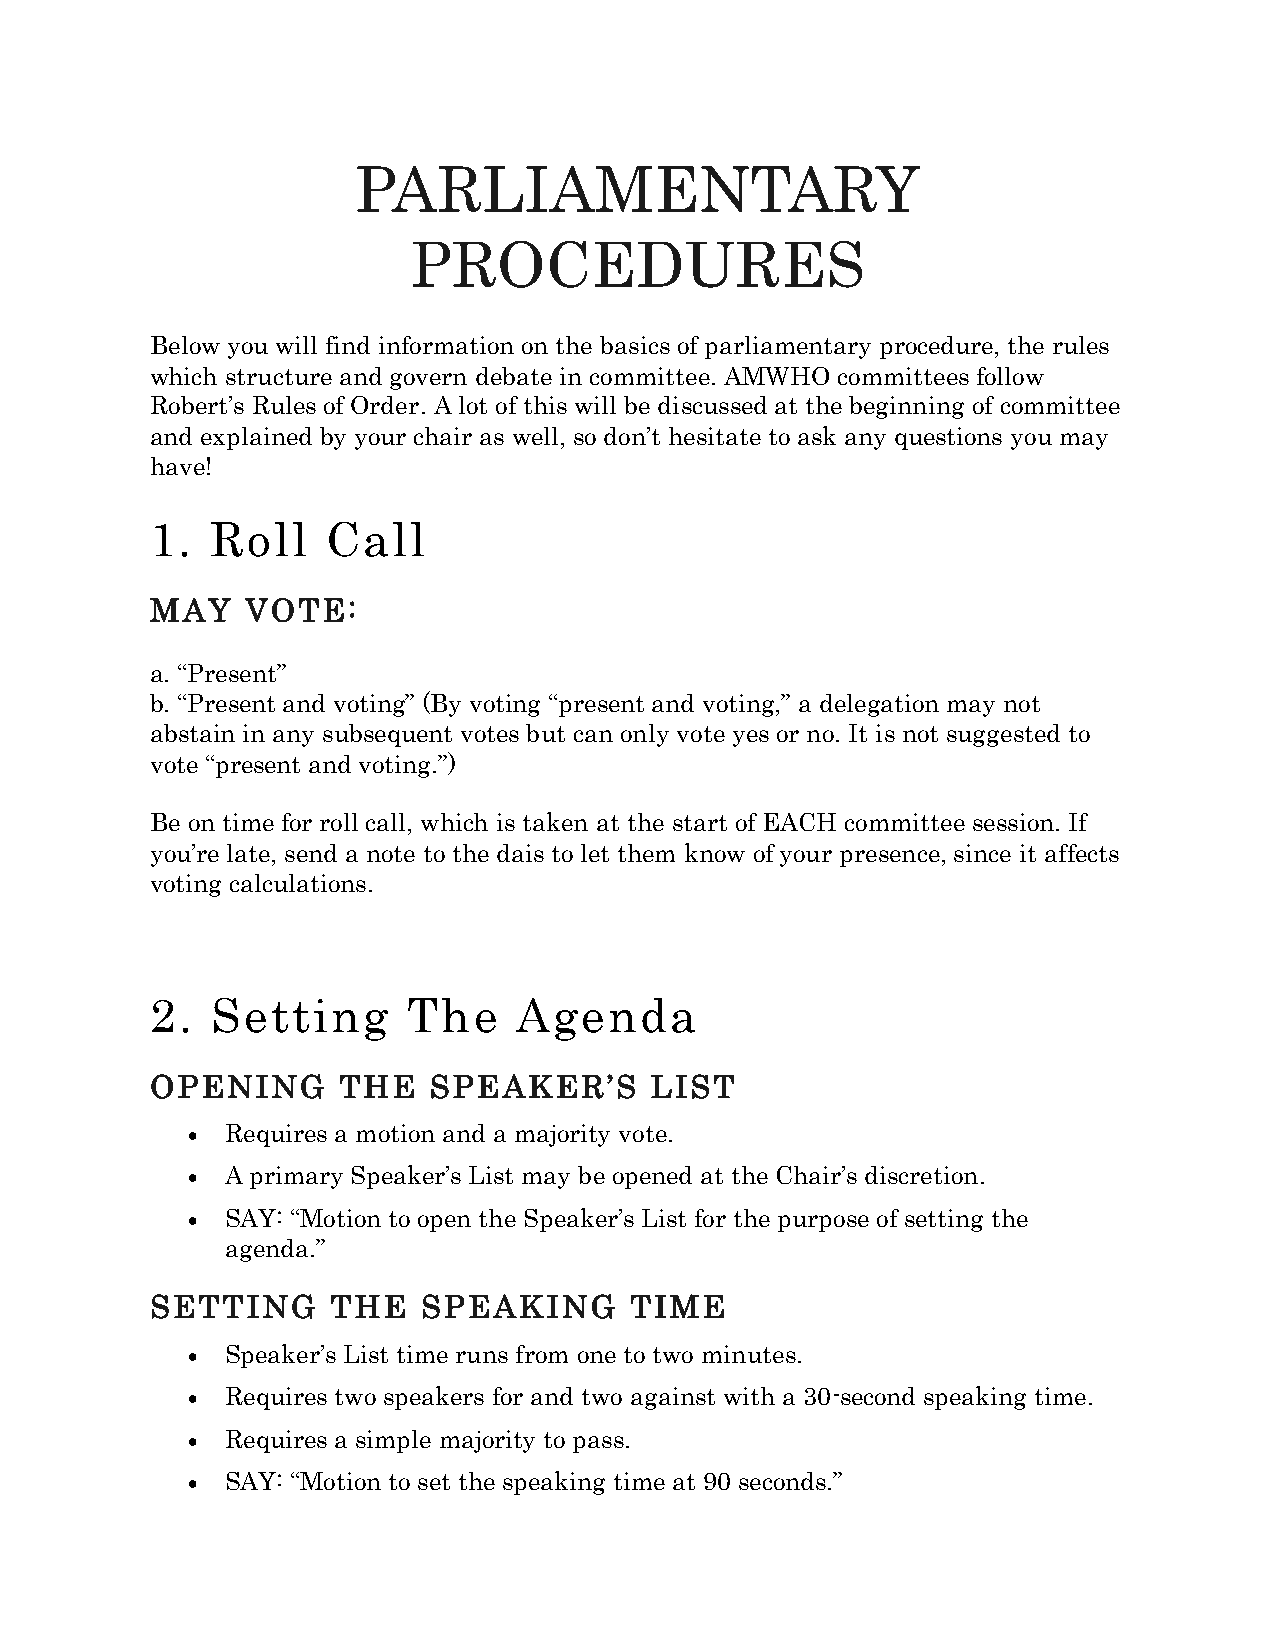
PARLIAMENTARY
 PROCEDURES
 Below you will find information on the basics of parliamentary procedure, the rules
 which structure and govern debate in committee. AMWHO committees follow
 Robert’s Rules of Order. A lot of this will be discussed at the beginning of committee
 and explained by your chair as well, so don’t hesitate to ask any questions you may
 have!
 1.  Roll    Call
 MAY   VOTE:
 a. “Present”
 b. “Present and voting” (By voting “present and voting,” a delegation may not
 abstain in any subsequent votes but can only vote yes or no. It is not suggested to
 vote “present and voting.”)
 Be on time for roll call, which is taken at the start of EACH committee session. If
 you’re late, send a note to the dais to let them know of your presence, since it affects
 voting calculations.
 2.  Setting      The    Agenda
 OPENING     THE   SPEAKER’S      LIST
 •  Requires a motion and a majority vote.
 •  A primary Speaker’s List may be opened at the Chair’s discretion.
 •  SAY: “Motion to open the Speaker’s List for the purpose of setting the
 agenda.”
 SETTING     THE   SPEAKING      TIME
 •  Speaker’s List time runs from one to two minutes.
 •  Requires two speakers for and two against with a 30-second speaking time.
 •  Requires a simple majority to pass.
 •  SAY: “Motion to set the speaking time at 90 seconds.”